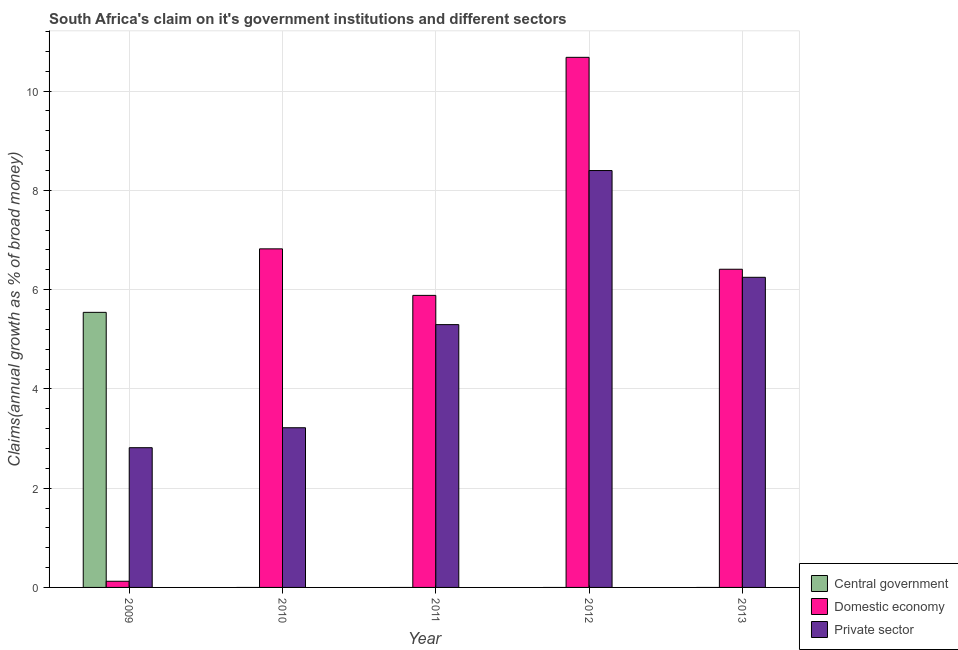
| Year | Central government | Domestic economy | Private sector |
 | --- | --- | --- | --- |
 | 2009 | 5.54 | 0.124 | 2.82 |
 | 2010 | -0.165 | 6.82 | 3.22 |
 | 2011 | -3.29 | 5.88 | 5.29 |
 | 2012 | -0.36 | 10.7 | 8.4 |
 | 2013 | -3.8 | 6.41 | 6.25 |